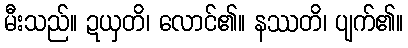
မီးသည်။ ဍယှတိ၊ လောင်၏။ နဿတိ၊ ပျက်၏။